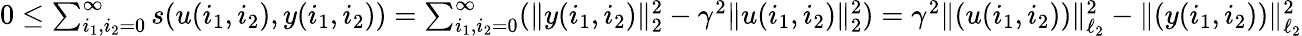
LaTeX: \begin{array}{r}{0\leq\sum_{i_{1},i_{2}=0}^{\infty}s(u(i_{1},i_{2}),y(i_{1},i_{2}))=\sum_{i_{1},i_{2}=0}^{\infty}(\| y(i_{1},i_{2})\| _{2}^{2}-\gamma^{2}\| u(i_{1},i_{2})\| _{2}^{2})=\gamma^{2}\| (u(i_{1},i_{2}))\| _{\ell_{2}}^{2}-\| (y(i_{1},i_{2}))\| _{\ell_{2}}^{2}}\end{array}